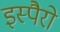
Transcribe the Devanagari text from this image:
इस्पैरो